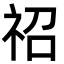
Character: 祒